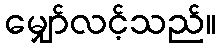
မျှော်လင့်သည်။